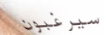
سيرغبون